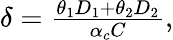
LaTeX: \begin{array}{r}{\delta=\frac{\theta_{1}D_{1}+\theta_{2}D_{2}}{\alpha_{c}C},}\end{array}